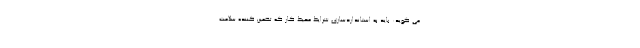
می گوید: باید به استانداردسازی شرایط محیط کار که تضمین کننده سلامت